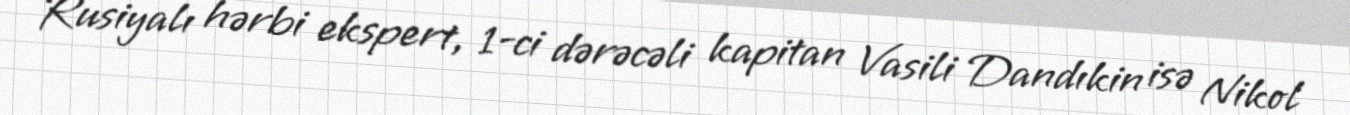
Rusiyalı hərbi ekspert, 1-ci dərəcəli kapitan Vasili Dandıkin isə Nikol